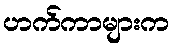
ဟက်ကာများက